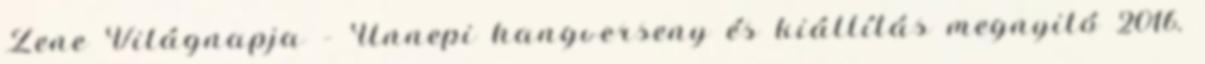
Zene Világnapja – Ünnepi hangverseny és kiállítás megnyitó 2016.